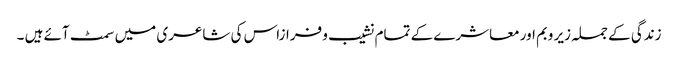
زندگی کے جملہ زیر وبم اور معاشرے کے تمام نشیب و فرازاس کی شاعری میں سمٹ آئے ہیں ۔